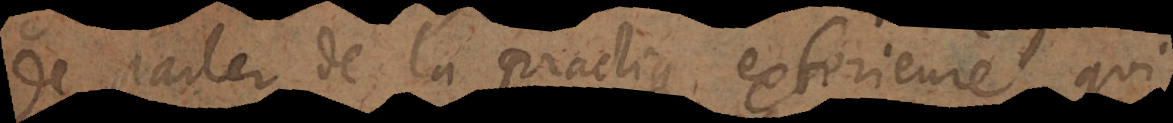
de parler de la practique exterieure,